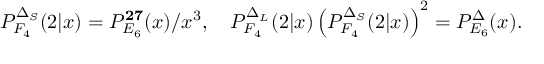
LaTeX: P _ { F _ { 4 } } ^ { \Delta _ { S } } ( 2 | x ) = P _ { E _ { 6 } } ^ { \bf 2 7 } ( x ) / x ^ { 3 } , \quad P _ { F _ { 4 } } ^ { \Delta _ { L } } ( 2 | x ) \left( P _ { F _ { 4 } } ^ { \Delta _ { S } } ( 2 | x ) \right) ^ { 2 } = P _ { E _ { 6 } } ^ { \Delta } ( x ) .